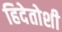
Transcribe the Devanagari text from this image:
हिदेतोशी